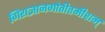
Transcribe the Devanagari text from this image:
गिराज्ञानगोतीतमीशम्